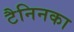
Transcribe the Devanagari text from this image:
टैनिनका